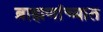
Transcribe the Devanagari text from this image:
ब्राह्मणांच्यात